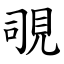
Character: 覗